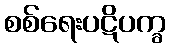
စစ်ရေးပဋိပက္ခ